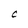
Character: C